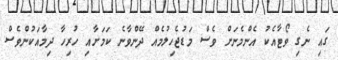
ގައި ނެގި ވޯޓާއެކު އެންމެނަށް ވެސް މަޑުޖެހިލުމެއް ދޭންވާނެ ކަމަށާއި ހުރިހާ ދިމާއަކުންވެސް